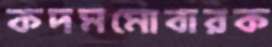
কদমমোবারক